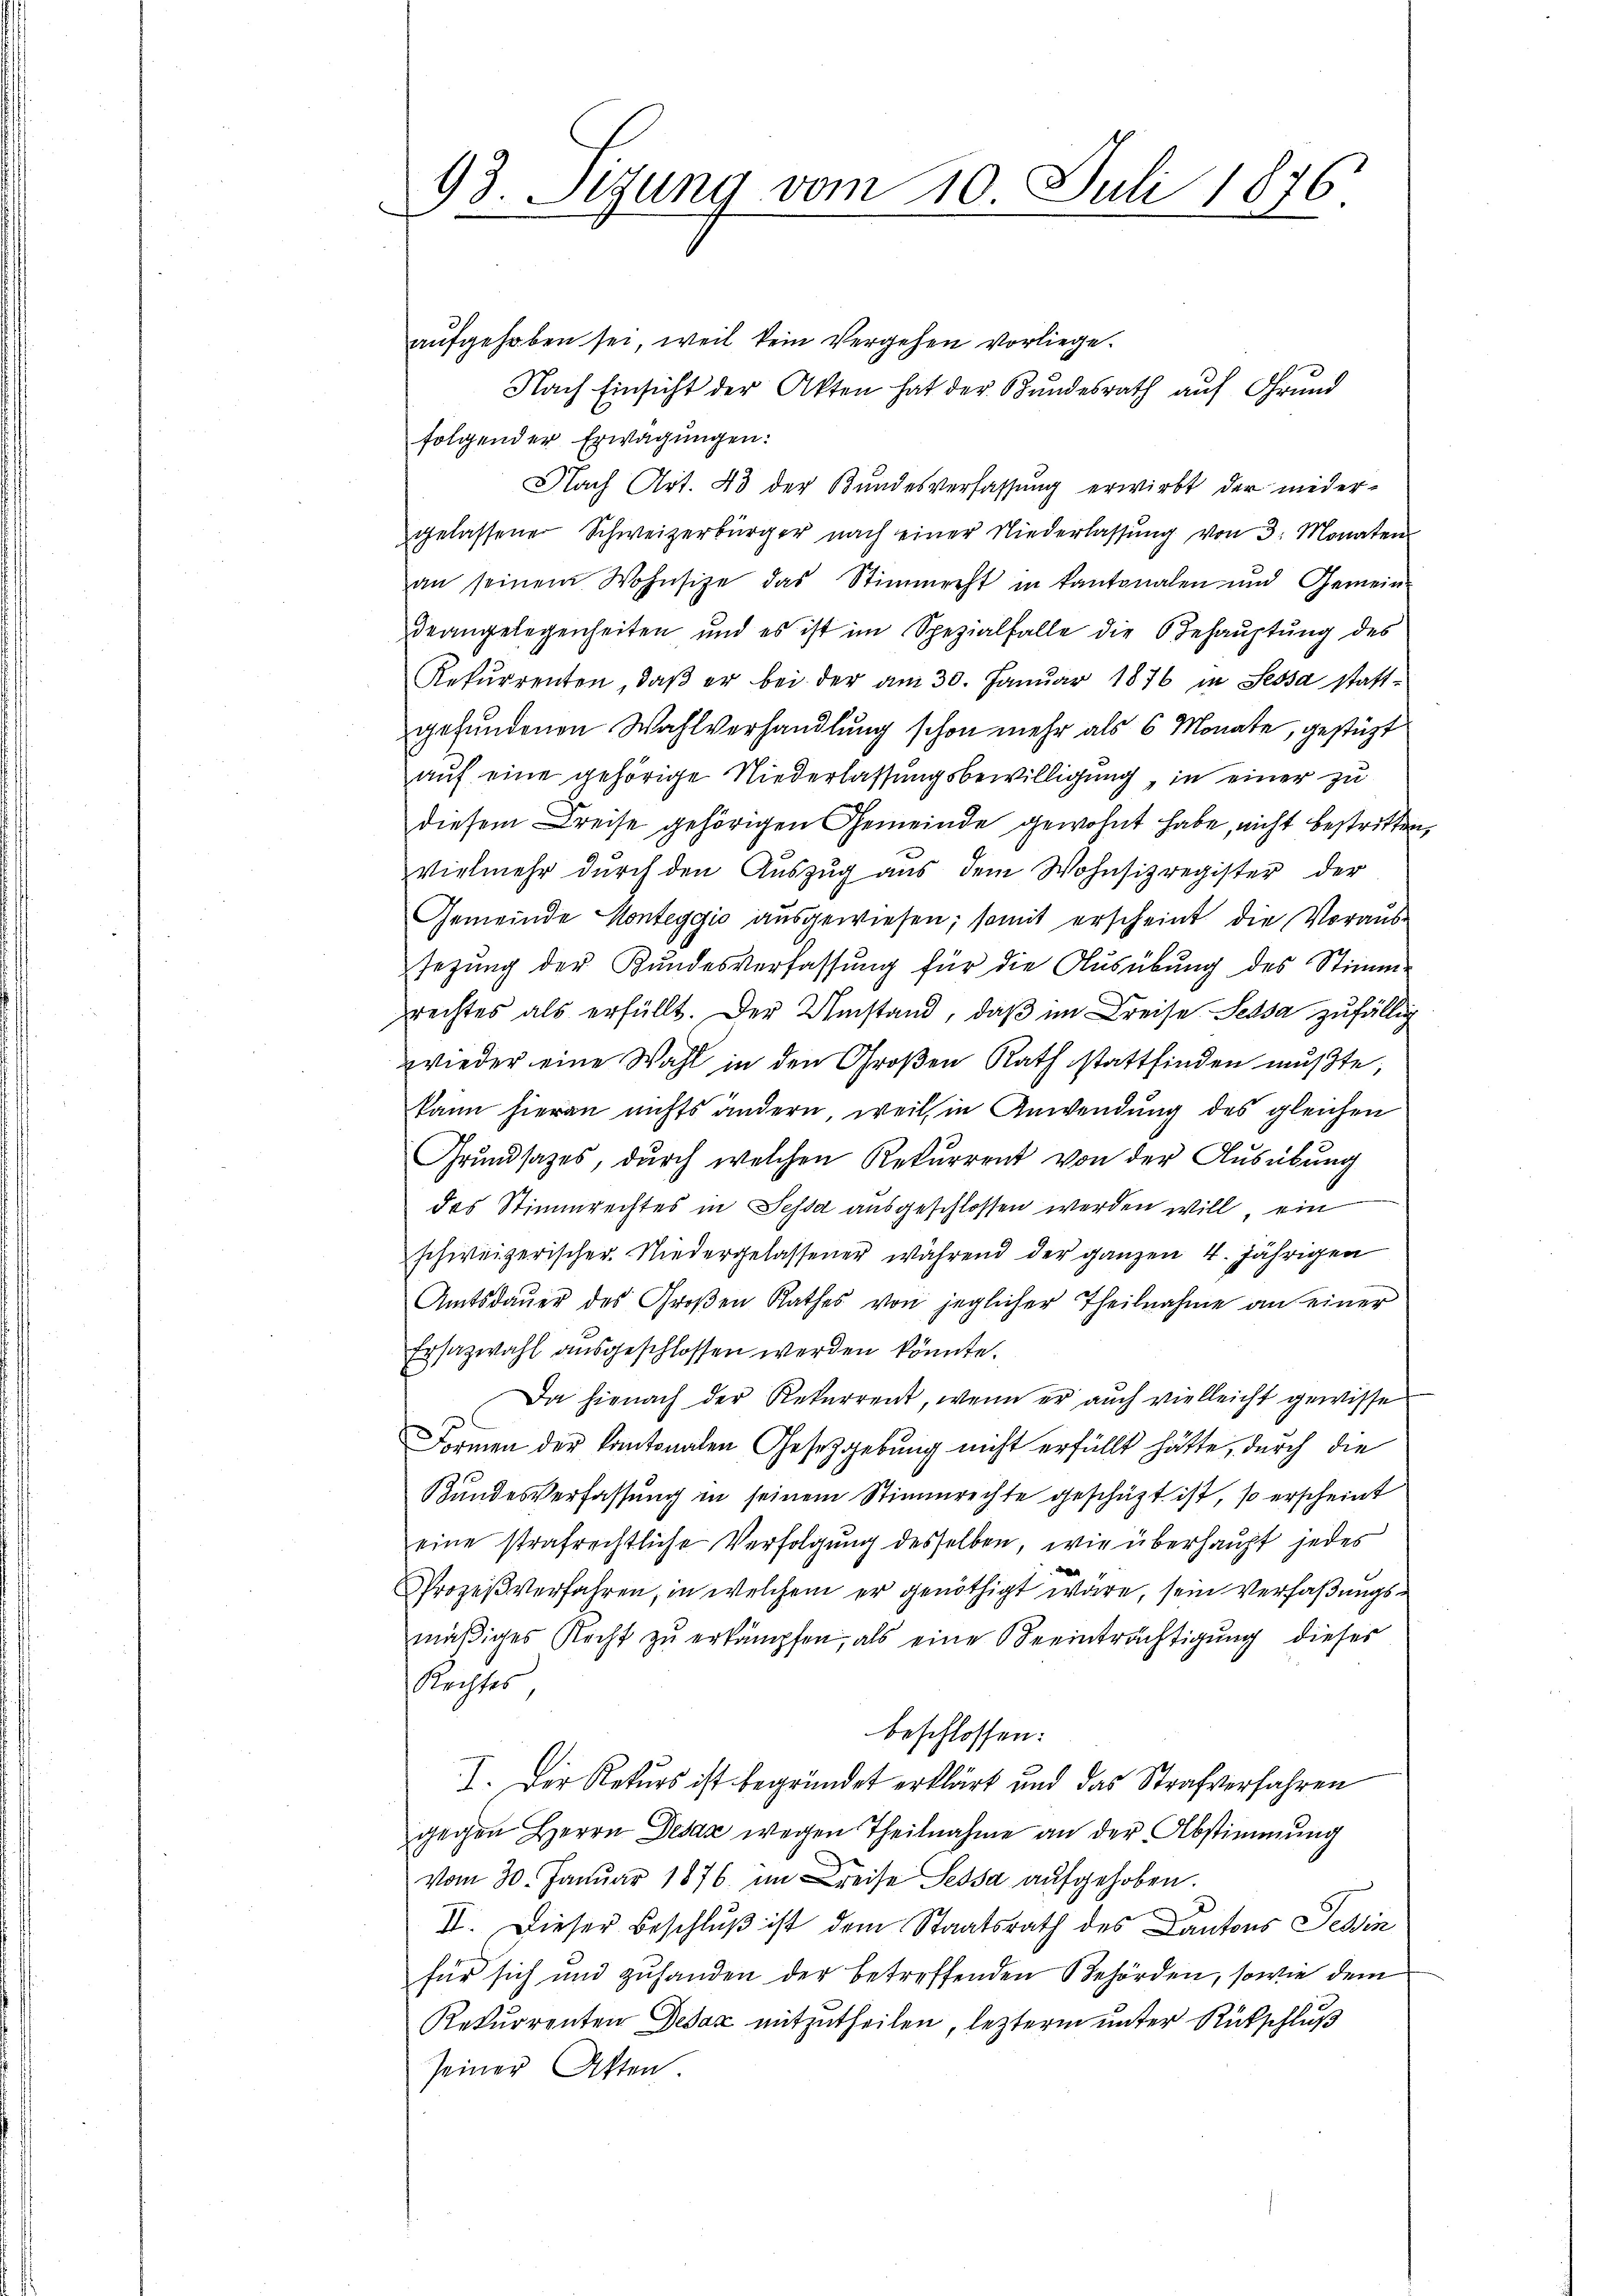
aŭfgehoben sei, weil kein Vergehen vorliege.
Nach Einsicht der Akten hat der Bundesrath auf Grund
folgender Erwägungen:
Nach Art. 43 der Bundesverfassung erwirbt der wider-
gelassener Schweizerbürger nach einer Niederlassŭng von 3: Monaten
an seinem Wohnsitze das Stimmreht in kantonalen und Gemein-
deangelegenheiten und es ist im Spezialfalle die Behaŭptŭng des
Rekŭrrenten, daβ er bei der am 30. Janŭar 1876 in Sessa statt-
gefundenen Wahlverhandlung schon mehr als 6 Monate, gestüzt
auf eine gehörige Niederlassungsbewilligung, in einer zu
diesem Kreise gehörigen Gemeinde gewohnt habe, nicht bestritten,
vielmehr durch den Auszug aus dem Wohnsizregister der
Gemeinde Konteggio aŭsgewiesen; somit erscheint die Voraus-
sezung der Kundesverfassung für die Ausübung des Stimm-
rechtes als erfüllt. Der Umstand, daß im Kreise. Sessa zufällig
wieder eine Wahl in den Großen Rath stattfinden mußte,
kann hieran nichts ändern, weils in Anwendung des gleichen
Grundsatzes, durch welchen Rekurrent von der Ausübung
des Stimmrechtes in Sessa ausgeschlossen werden will ein
schweizerischer Niedergelassener während der ganzen 4. jährigen
Amtsdauer des Großen Rathes von jeglicher Theilnahme an einer
Ersazwahl ausgeschlossen werden könnte.
Da hienach der Rekurrent, wenn er auch vielleicht gewisse
Formen der Kantonalen Gesetzgebung nicht erfüllt hätte, durch die
Bundesverfassung in seinem Stimmrechte geschäzt ist, so erscheint
eine strafrechtliche Verfolgung desselben, wie überhaupt jedes
Prozeß verfahren, in welchem er genöthigt wäre, sein Verfaßungsmäßiges Recht zu erkämpfen, als eine Beeinträchtigung dieses
Rechtes,
beschlossen:
I. Der Rekurs ist begründet erklärt und das Strafverfahren
gegen Herrn Desaz wegen Theilnahme an der Abstimmung
vom 30. Januar 1876 im reise Sessa aufgehoben.
II. Dieser Beschluß ist dem Staatsrath des Cantons Tessin
für sich und zuhanden der betreffenden Behörden, sowie dem
Rekurrenten Desaz mitzutheilen, lezterm unter Rückschluß
seiner Akten

93. Segung vom 10. Juli 1876.